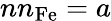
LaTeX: nn_{\mathrm{Fe}}={a}